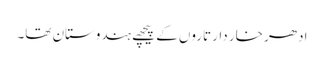
ادھر خار دار تاروں کے پیچھے ہندوستان تھا۔